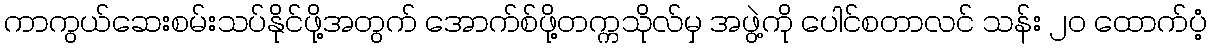
ကာကွယ်ဆေးစမ်းသပ်နိုင်ဖို့အတွက် အောက်စ်ဖို့တက္ကသိုလ်မှ အဖွဲ့ကို ပေါင်စတာလင် သန်း ၂၀ ထောက်ပံ့